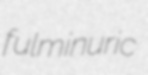
fulminuric